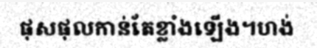
ផុសផុលកាន់តែខ្លាំងឡើង។ហង់